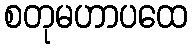
စတုမဟာပထေ